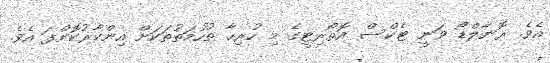
އެވެ. ރޮނާލްޑޯ ވަނީ ޓެކްސް އޮތޯރިޓީގެ މި ހުރިހާ ތުހުމަތުތަކަށް އިންކާރުކޮށްފަ އެވެ.